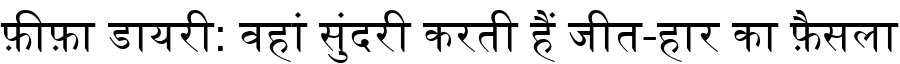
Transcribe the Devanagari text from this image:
फ़ीफ़ा डायरी: वहां सुंदरी करती हैं जीत-हार का फ़ैसला